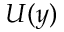
U ( y )